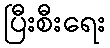
ပြီးစီးရေး